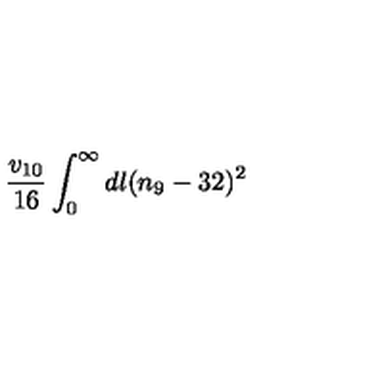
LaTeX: \frac { v _ { 1 0 } } { 1 6 } \int _ { 0 } ^ { \infty } d l ( n _ { 9 } - 3 2 ) ^ { 2 }